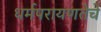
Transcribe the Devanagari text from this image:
धर्मपरायणतेचे